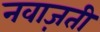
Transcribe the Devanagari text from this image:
नवाज़ती